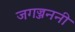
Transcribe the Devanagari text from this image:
जगज्जननी